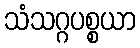
သံသဂ္ဂပစ္စယာ